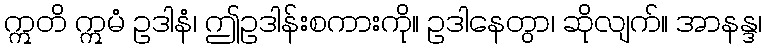
ဣတိ ဣမံ ဥဒါနံ၊ ဤဥဒါန်းစကားကို။ ဥဒါနေတွာ၊ ဆိုလျက်။ အာနန္ဒ၊